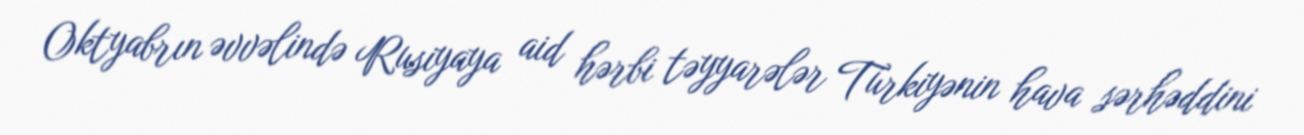
Oktyabrın əvvəlində Rusiyaya aid hərbi təyyarələr Türkiyənin hava sərhəddini